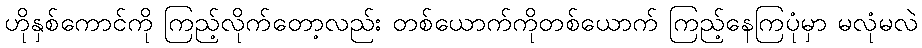
ဟိုနှစ်ကောင်ကို ကြည့်လိုက်တော့လည်း တစ်ယောက်ကိုတစ်ယောက် ကြည့်နေကြပုံမှာ မလုံမလဲ